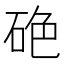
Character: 𥒍